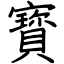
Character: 寳